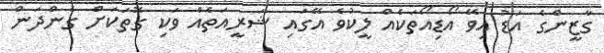
ގާޒީންގެ އަޑު އިވޭ އޯޑިއޯތަކެއް ލީކުވެ އޭގައި ޝަރީއަތެއް ވަކި ގޮތަކަށް ގެންދަން